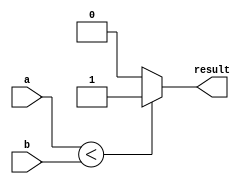
module lt_comparator (
    input signed [31:0] a,
    input signed [31:0] b,
    output reg result
);

always @(*) begin
    if (a < b) begin
        result = 1;
    end else begin
        result = 0;
    end
end

endmodule